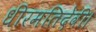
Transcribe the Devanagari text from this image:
धीरमतिदेवी।